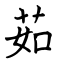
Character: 茹